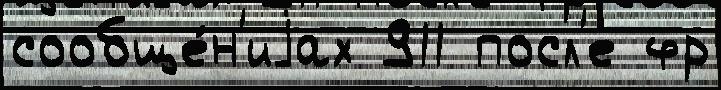
сообще́н'иjах 911 посл'е фр